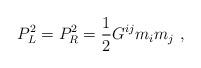
LaTeX: \begin{align*} P_L^2=P_R^2={1\over 2} G^{ij} m_im_j~,\end{align*}